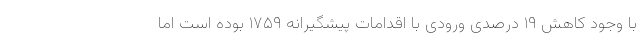
با وجود کاهش ۱۹ درصدی ورودی با اقدامات پیشگیرانه ۱۷۵۹ بوده است اما